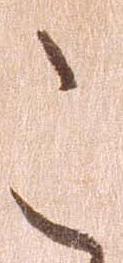
こ